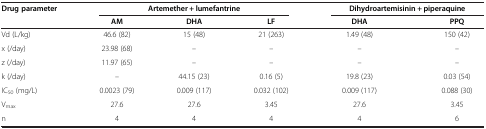
<table><thead><tr><td><b>Drug parameter</b></td><td colspan="3"><b>Artemether + lumefantrine</b></td><td colspan="2"><b>Dihydroartemisinin + piperaquine</b></td></tr><tr><td><b> </b></td><td><b>AM</b></td><td><b>DHA</b></td><td><b>LF</b></td><td><b>DHA</b></td><td><b>PPQ</b></td></tr></thead><tbody><tr><td>Vd (L/kg)</td><td>46.6 (82)</td><td>15 (48)</td><td>21 (263)</td><td>1.49 (48)</td><td>150 (42)</td></tr><tr><td>x (/day)</td><td>23.98 (68)</td><td>–</td><td>–</td><td>–</td><td>–</td></tr><tr><td>z (/day)</td><td>11.97 (65)</td><td>–</td><td>–</td><td>–</td><td>–</td></tr><tr><td>k (/day)</td><td>–</td><td>44.15 (23)</td><td>0.16 (5)</td><td>19.8 (23)</td><td>0.03 (54)</td></tr><tr><td>IC<sub>50</sub> (mg/L)</td><td>0.0023 (79)</td><td>0.009 (117)</td><td>0.032 (102)</td><td>0.009 (117)</td><td>0.088 (30)</td></tr><tr><td>V<sub>max</sub></td><td>27.6</td><td>27.6</td><td>3.45</td><td>27.6</td><td>3.45</td></tr><tr><td>n</td><td>4</td><td>4</td><td>4</td><td>4</td><td>6</td></tr></tbody></table>